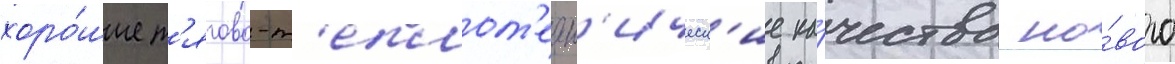
хоро́шие т'ягово-т'еплот'ехн'ическ'ие ка́чества но́вого